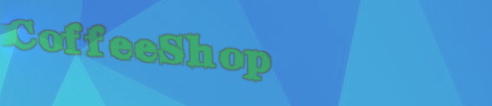
CoffeeShop